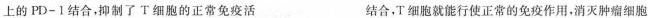
上的PD-1结合，抑制了T细胞的正常免疫活 结合，T细胞就能行使正常的免疫作用。消灭肿瘤细胞